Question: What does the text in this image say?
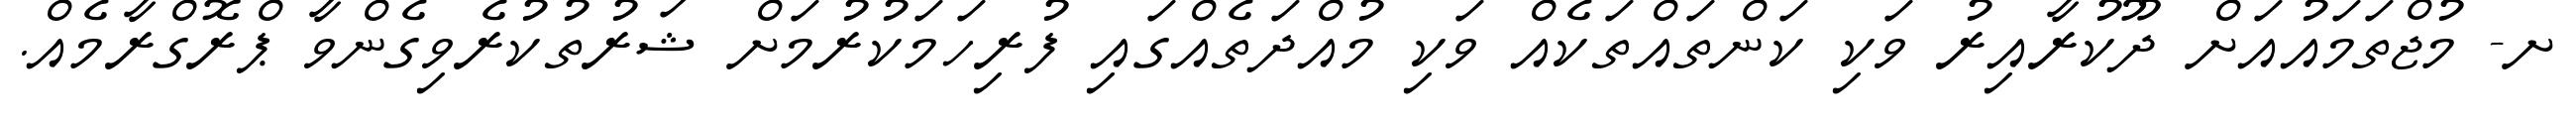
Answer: ށ- މުޖްތަމައުއަށް ދޫކުރާއިރު ވަކި ކަންތައްތަކެއް ވަކި މުއްދަތެއްގައި ފުރިހަމަކުރުމަށް ޝަރުތުކުރެވިގެންވާ ޕްރޮގްރާމެއް.